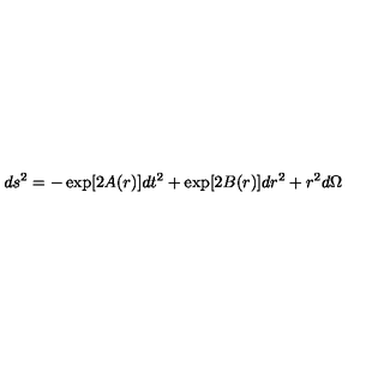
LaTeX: d s ^ { 2 } = - \exp [ 2 A ( r ) ] d t ^ { 2 } + \exp [ 2 B ( r ) ] d r ^ { 2 } + r ^ { 2 } d \Omega